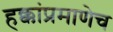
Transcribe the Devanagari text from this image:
हक्कांप्रमाणेच